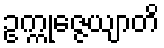
ဥက္ကုဇ္ဇေယျာတိ